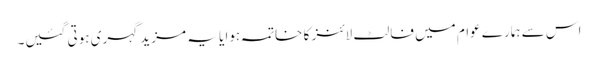
اس سے ہمارے عوام میں فالٹ لائنز کا خاتمہ ہوا یا یہ مزید گہری ہوتی گئیں۔